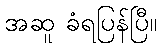
အဆူ ခံရပြန်ပြီ။